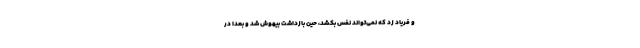
و فریاد زد که نمی‌تواند نفس بکشد، حین بازداشت بیهوش شد و بعدا در